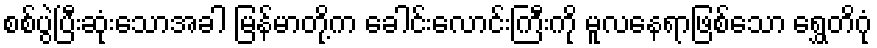
စစ်ပွဲပြီးဆုံးသောအခါ မြန်မာတို့က ခေါင်းလောင်းကြီးကို မူလနေရာဖြစ်သော ရွှေတိဂုံ